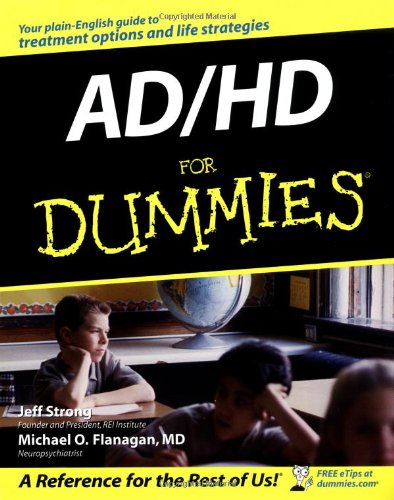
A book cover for AD/HD For Dummies; Jeff Strong; Health, Fitness & Dieting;